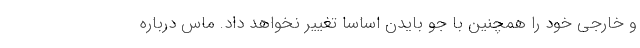
و خارجی خود را همچنین با جو بایدن اساسا تغییر نخواهد داد. ماس درباره